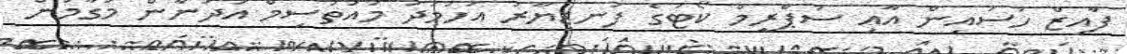
ފާއިޒް ހުސައިން އާއި ސުޕްރީމް ކޯޓުގެ ފަނޑިޔާރު އަހުމަދު މުއުތަސިމް އަދުނާން މަގާމުން